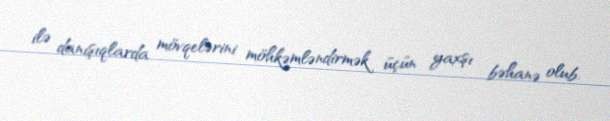
ilə danışıqlarda mövqelərini möhkəmləndirmək üçün yaxşı bəhanə olub.